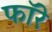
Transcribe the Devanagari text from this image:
फॉरे